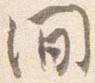
間